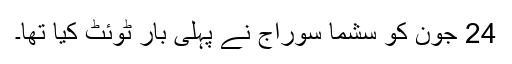
24 جون کو سشما سوراج نے پہلی بار ٹوئٹ کیا تھا۔